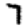
Digit: 7